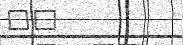
٧٧